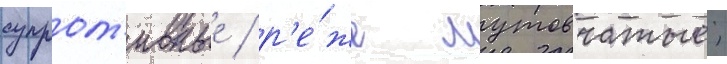
супрот'ивные / р'е́же мутовчатые;